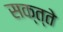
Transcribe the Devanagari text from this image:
सक्त्ते